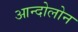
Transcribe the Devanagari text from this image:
आन्दोलोन